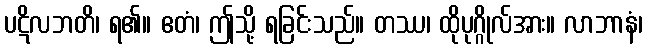
ပဋိလဘတိ၊ ရ၏။ ဧတံ၊ ဤသို့ ရခြင်းသည်။ တဿ၊ ထိုပုဂ္ဂိုလ်အား။ လာဘာနံ၊